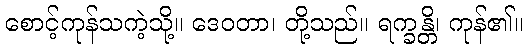
စောင့်ကုန်သကဲ့သို့။ ဒေဝတာ၊ တို့သည်။ ရက္ခန္တိ၊ ကုန်၏။